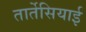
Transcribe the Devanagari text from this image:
तार्तेसियाई